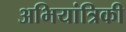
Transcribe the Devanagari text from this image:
अभियांत्रिकी